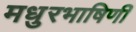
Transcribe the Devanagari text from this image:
मधुरभाषिणी